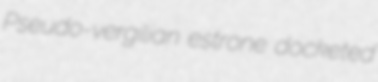
Pseudo-vergilian estrone docketed